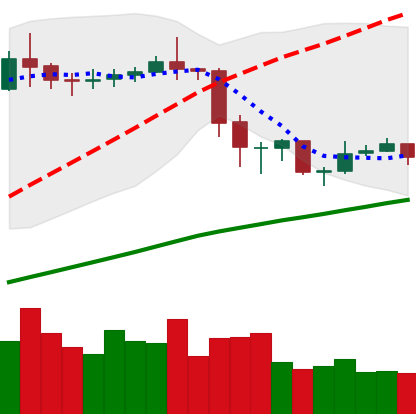
Ticker: ETC-USD
Chart end date: 2020-02-24
Forward return: -20.717%
Label: down_7plus